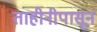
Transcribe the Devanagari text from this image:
ताहीनीपासून